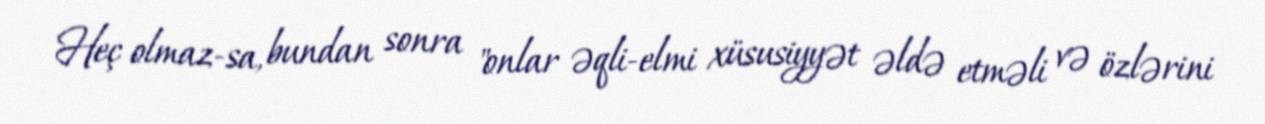
Heç olmaz-sa, bundan sonra "onlar əqli-elmi xüsusiyyət əldə etməli və özlərini